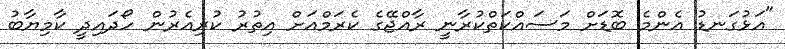
"އަޅުގަނޑު އެންމެ ބޮޑަށް މަސައްކަތްކުރާނީ ރާއްޖޭގެ ކެރަމްއަށް އިތުރު ކުރިއެރުން ހޯދައިދީ ކާމިޔާބު